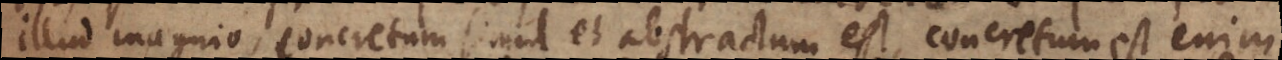
illud magnio, concretum simul et abstractum est, concretum est enim